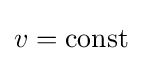
{\textstyle v={\text{const}}}